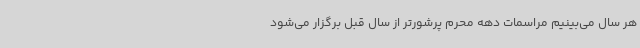
هر سال می‌بینیم مراسمات دهه محرم پرشورتر از سال قبل برگزار می‌شود